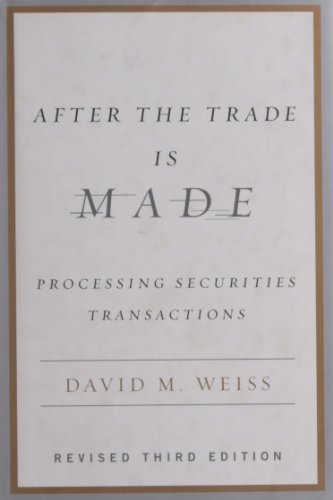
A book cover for After the Trade Is Made: Processing Securities Transactions; David M. Weiss; Business & Money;